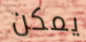
يمكن